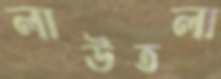
লাউতলা